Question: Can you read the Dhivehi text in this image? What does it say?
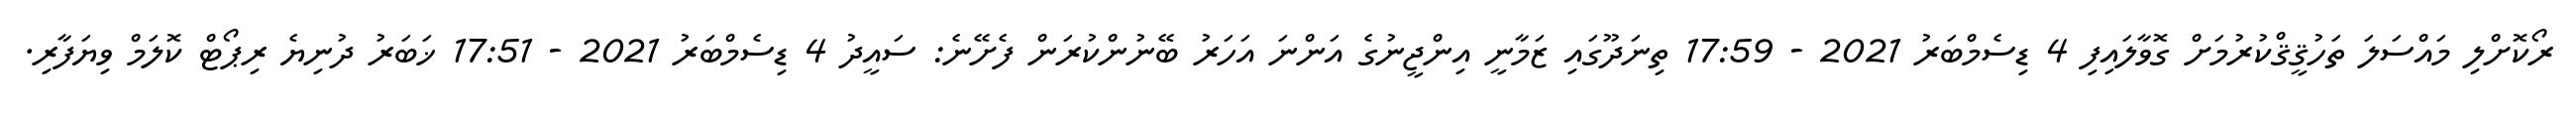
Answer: ރޯކޮށްލި މައްސަލަ ތަހުޤީޤްކުރުމަށް ގޮވާލައިފި 4 ޑިސެމްބަރު 2021 - 17:59 ތިނަދޫގައި ޒަމާނީ އިންޖީނުގެ އަންނަ އަހަރު ބޭނުންކުރަން ފެށޭނެ: ސައީދު 4 ޑިސެމްބަރު 2021 - 17:51 ޚަބަރު ދުނިޔެ ރިޕޯޓް ކޮލަމް ވިޔަފާރި.